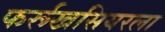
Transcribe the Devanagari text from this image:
फर्रूखसियरला